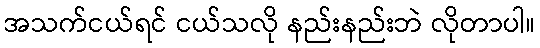
အသက်ငယ်ရင် ငယ်သလို နည်းနည်းဘဲ လိုတာပါ။